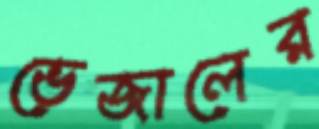
ভেজালের